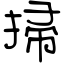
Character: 掃